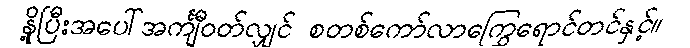
နို့ပြီးအပေါ်အင်္ကျီဝတ်လျှင် စတစ်ကော်လာကြွေရောင်တင်နှင့်။